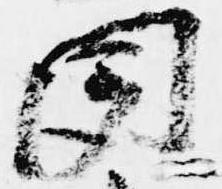
聞